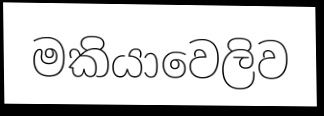
මකියාවෙලිව